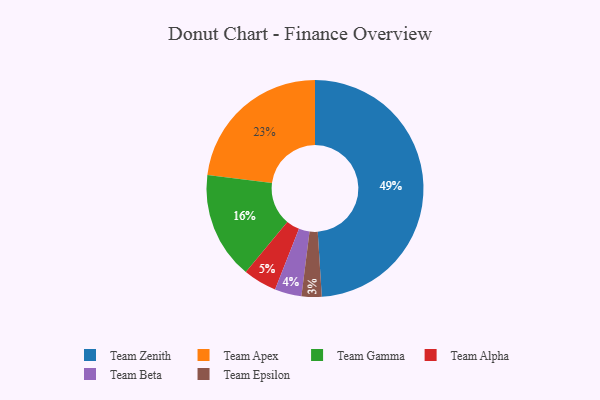
{"axis": {"x": "Category", "y": "Percentage"}, "legend": ["Team Alpha", "Team Apex", "Team Beta", "Team Epsilon", "Team Gamma", "Team Zenith"], "data": [{"x": "Team Gamma", "y": 16, "type": "Team Gamma"}, {"x": "Team Epsilon", "y": 3, "type": "Team Epsilon"}, {"x": "Team Alpha", "y": 5, "type": "Team Alpha"}, {"x": "Team Apex", "y": 23, "type": "Team Apex"}, {"x": "Team Zenith", "y": 49, "type": "Team Zenith"}, {"x": "Team Beta", "y": 4, "type": "Team Beta"}]}